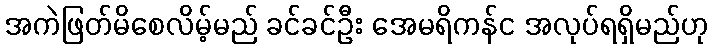
အကဲဖြတ်မိစေလိမ့်မည် ခင်ခင်ဦး အေမရိကန်င အလုပ်ရရှိမည်ဟု